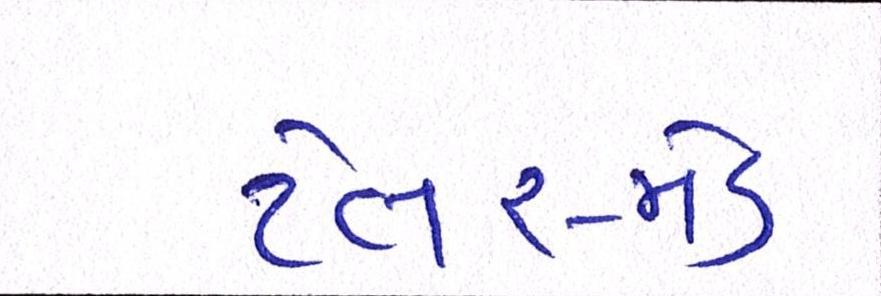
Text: ટેલર-મેડ